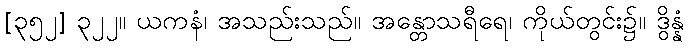
[၃၅၂] ၃၂၂။ ယကနံ၊ အသည်းသည်။ အန္တောသရီရေ၊ ကိုယ်တွင်း၌။ ဒွိန္နံ